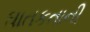
ઘાતકતાની